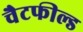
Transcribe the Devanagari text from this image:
चैटफील्ड